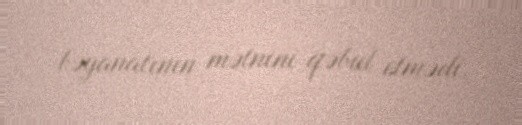
bəyanatının mətnini qəbul etmədi.